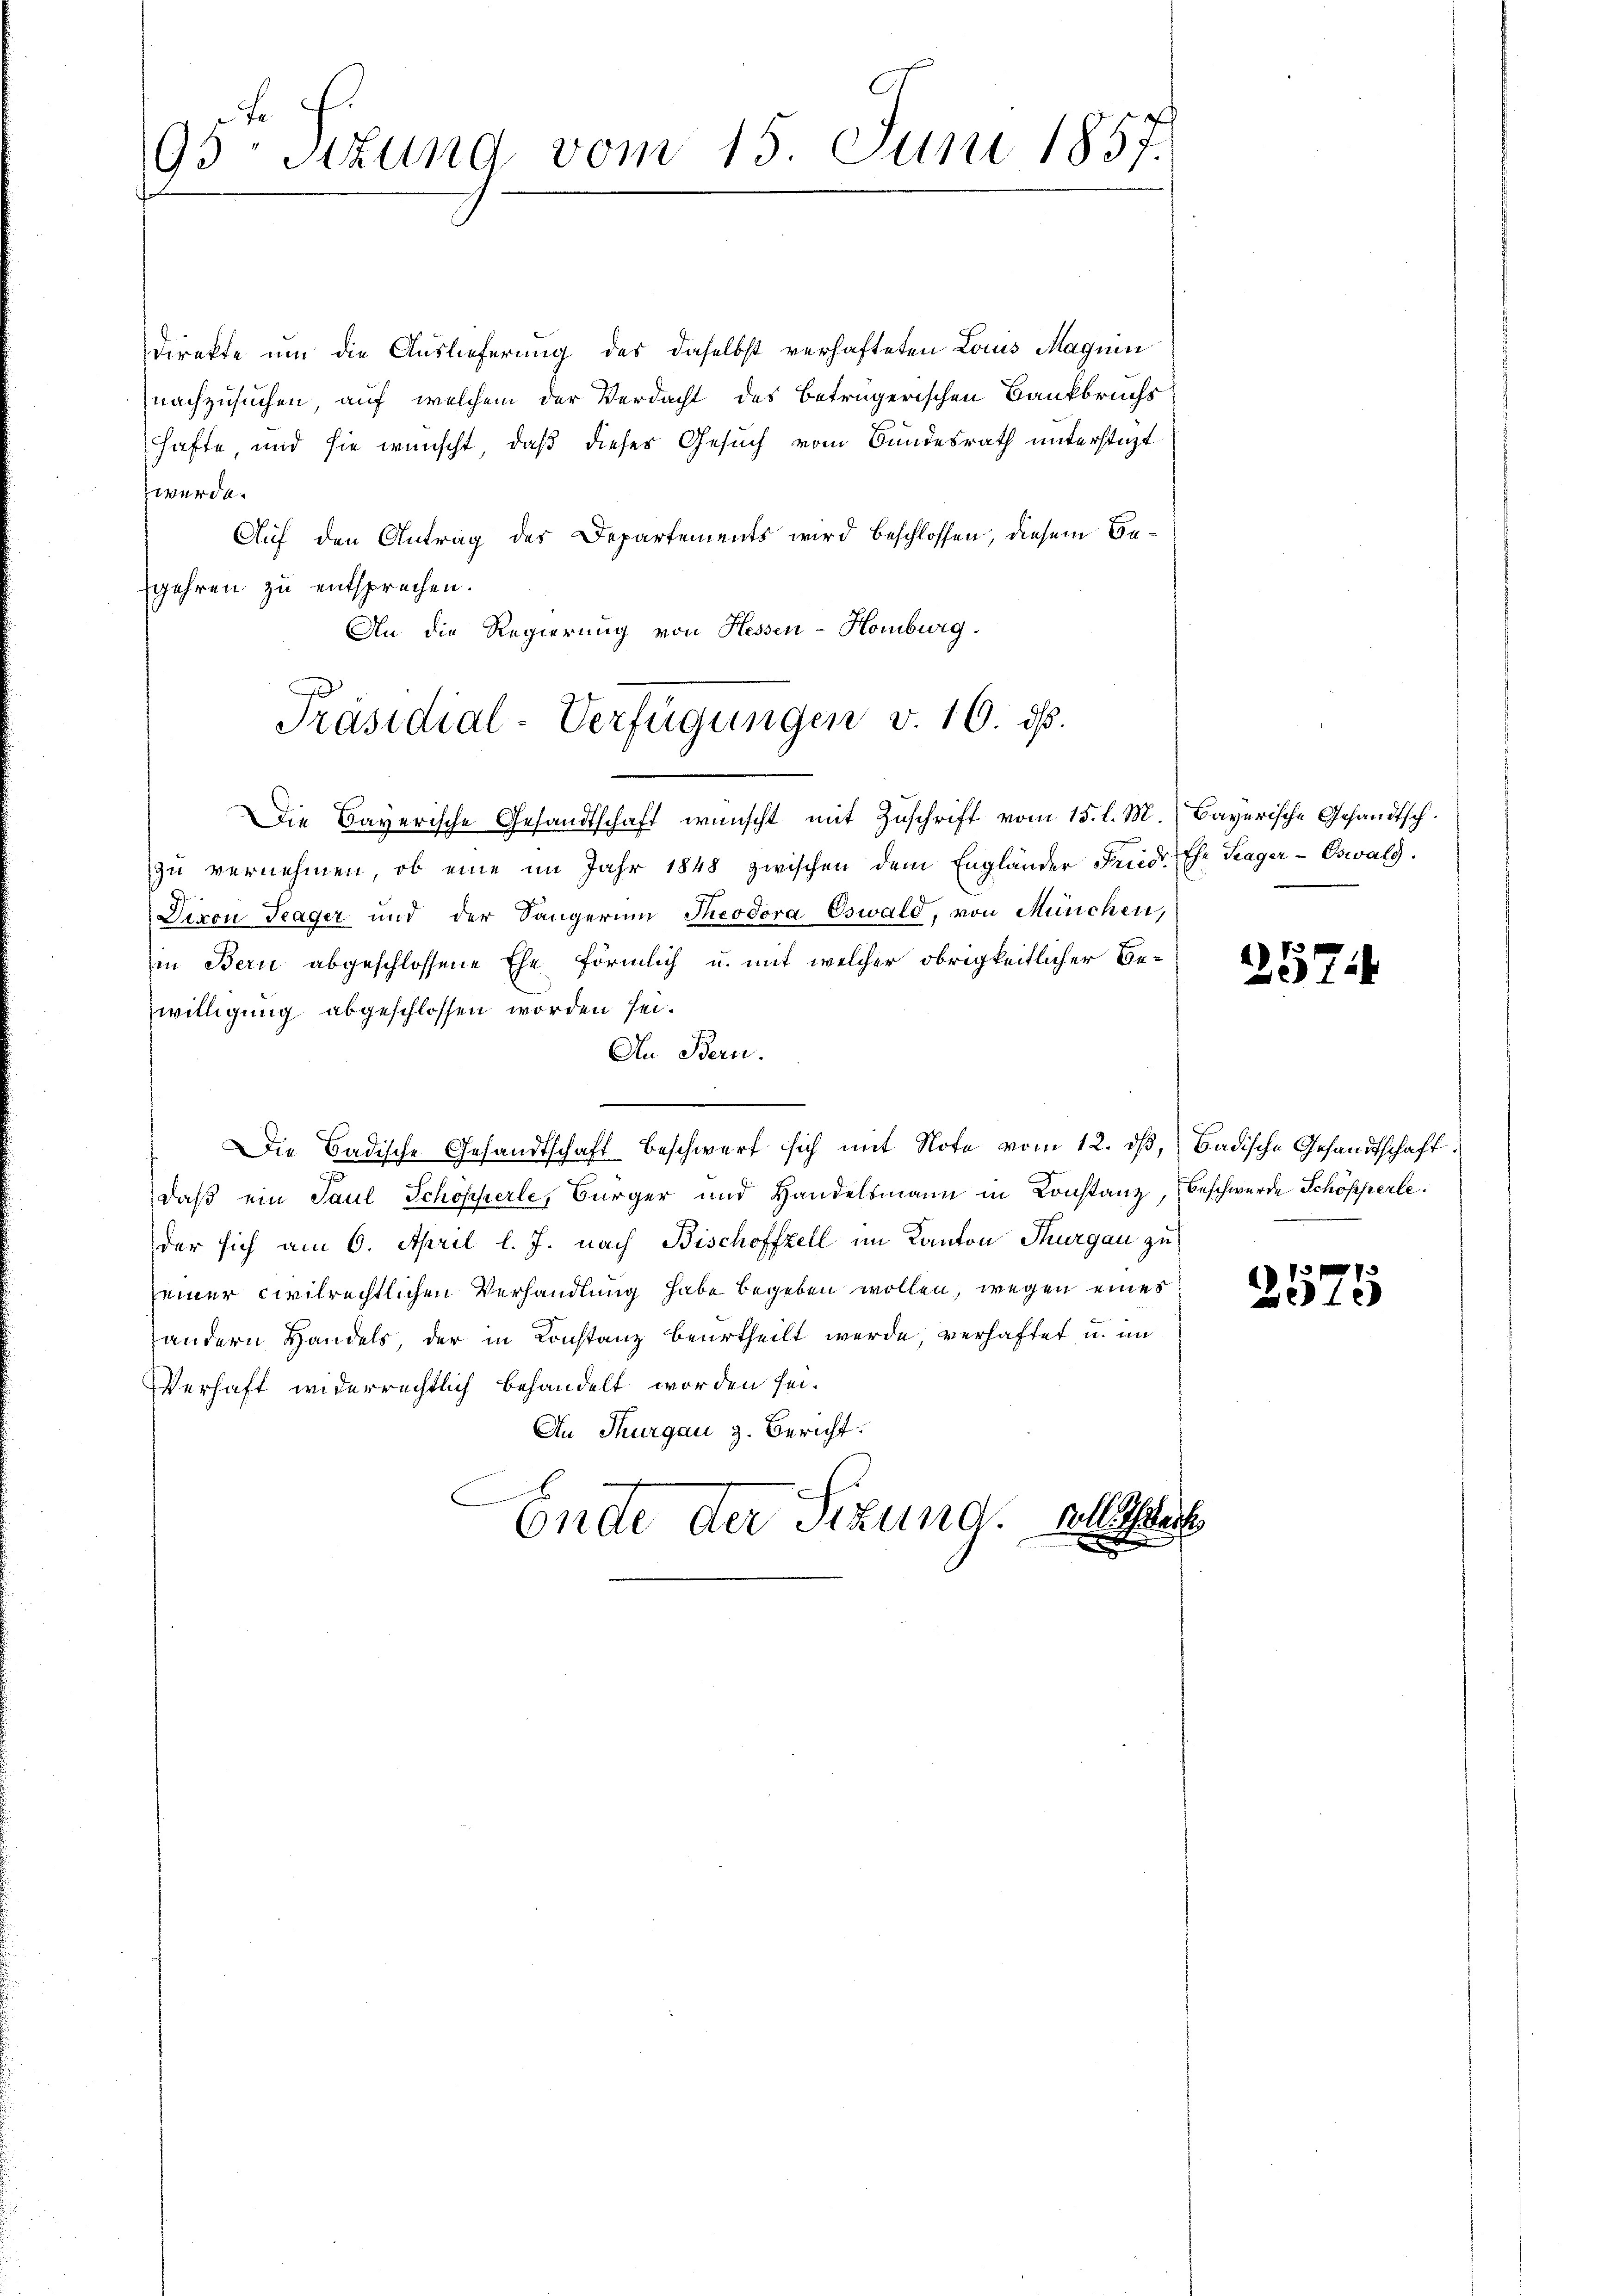
95 Stund vom 15. Juni 1857.

Direkte um die Auslieferung des daselbst verhafteten Louis Magnin
nachzusuchen, auf welchem der Verdacht des betrügerischen Bankbruchs
hafte, und sie wünscht, daß dieser Gesuch vom Bundesrath unterstagt
werde.
Auf den Antrag des Departements wird beschlossen, diesem Begehren zu entsprechen.
An die Regierung von Hessen-Homburg.
Die Bayerische Gesandtschaft wünscht mit Zuschrift vom 15. l. M. Bayerische Gesandtschzŭ vernehmen, ob eine im Jahr 1848 zwischen dem Engländer Fried. Ehe Trager-Eswald.
Diron Trager und der Sängerin Theodora Oswald, von München,
in Bern abgeschlossene Ehe förmlich u. mit welcher obrigkeitlicher Be-
willigung abgeschlossen worden sei.
An Bern.
.
Die Badische Gesandtschaft Beschwert sich mit Note vom 12. dß, Badische Gesandtschaft
daß ein Paul Schöpferle, Bürger und Handelsmann in Konstanz, Beschwerde Schöpperte
der sich am 6. April l. J. nach Bischoffzell im Kanton Thurgau zu
einer civilrechtlichen Verhandlung habe begeben wollen, wegen eines
andern Handels, der in Constanz beurtheilt werde, verhaftet, u. im
Verhaft widerrechtlich behandelt worden sei.
An Thurgau, z. Bericht.
b
Ende der Sizund. Allerh
x

d

Präsidial-Verfügungen v. 16. ds.

257

2575